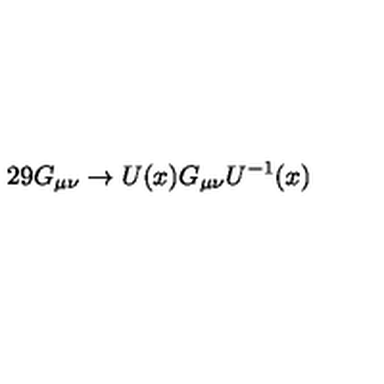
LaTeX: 2 9 G _ { \mu \nu } \rightarrow U ( x ) G _ { \mu \nu } U ^ { - 1 } ( x )